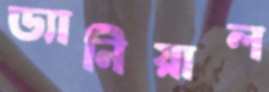
ড্যানিয়াল